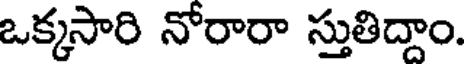
ఒక్కసారి నోరారా స్తుతిద్దాం.